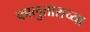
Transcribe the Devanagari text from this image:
कालुताराच्या